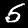
Digit: 5